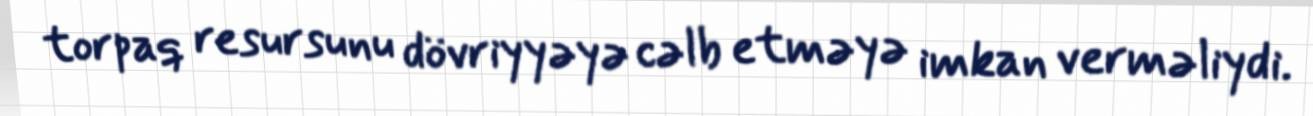
torpaq resursunu dövriyyəyə cəlb etməyə imkan verməliydi.